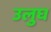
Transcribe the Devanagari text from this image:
उलुघ